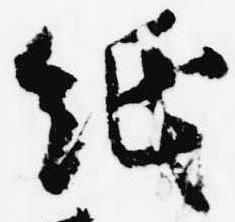
紙